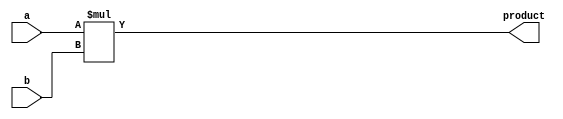
`timescale 1ns / 1ps


module binary_multiplier(a,b,product);
input[3:0] a,b;
output[7:0] product;
assign product=a*b;

endmodule